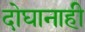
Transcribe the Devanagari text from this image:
दोघानाही